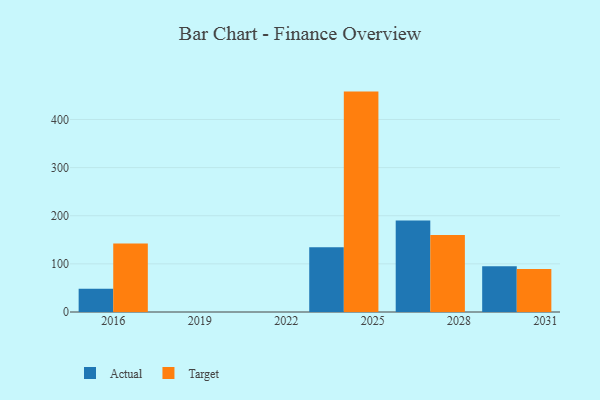
{"axis": {"x": "Year", "y": "Page Views"}, "legend": ["Actual", "Target"], "data": [{"x": "2027", "y": 190.3, "type": "Actual"}, {"x": "2027", "y": 159.8, "type": "Target"}, {"x": "2016", "y": 48.4, "type": "Actual"}, {"x": "2016", "y": 142.4, "type": "Target"}, {"x": "2030", "y": 95.3, "type": "Actual"}, {"x": "2030", "y": 89.2, "type": "Target"}, {"x": "2024", "y": 134.4, "type": "Actual"}, {"x": "2024", "y": 457.9, "type": "Target"}]}